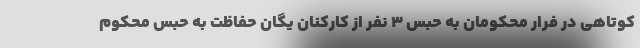
کوتاهی در فرار محکومان به حبس 3 نفر از کارکنان یگان حفاظت به حبس محکوم